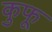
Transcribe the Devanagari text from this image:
कुफू